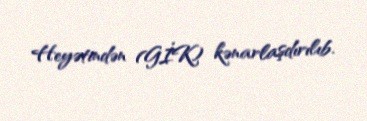
Heyətindən (GİK) kənarlaşdırılıb.